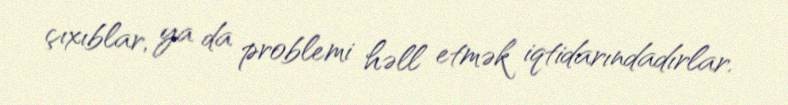
çıxıblar, ya da problemi həll etmək iqtidarındadırlar.